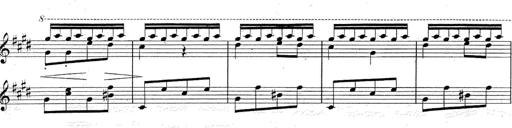
Title: Le rossignol
Composer: Franz Liszt